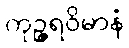
ကုဉ္ဇရဝိမာနံ